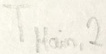
Text: TMain,2